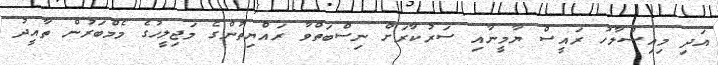
އަދި މިއިސްލާހު ރައީސް ޔާމީނާއި ސަރުކާރަށް ނިސްބަތްވާ ރައްޔިތުންގެ މަޖިލީހުގެ މެމްބަރުން ތާއީދު